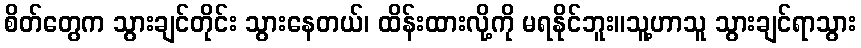
စိတ်တွေက သွားချင်တိုင်း သွားနေတယ်၊ ထိန်းထားလို့ကို မရနိုင်ဘူး။သူ့ဟာသူ သွားချင်ရာသွား